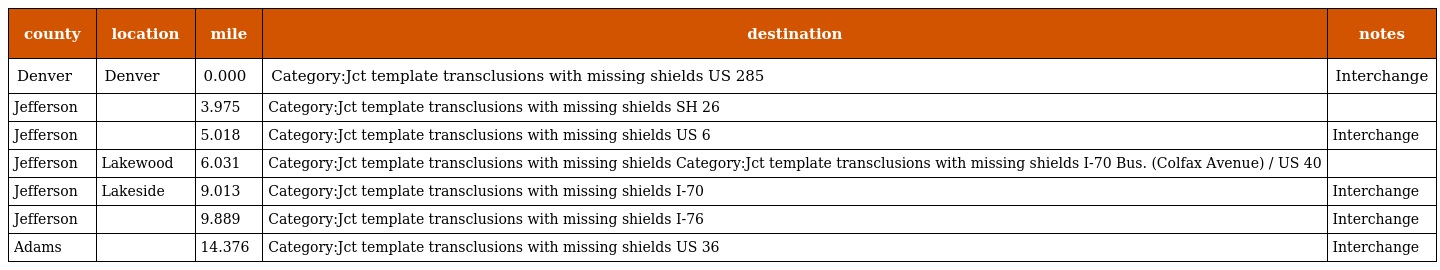
| county | location | mile | destination | notes |
 | --- | --- | --- | --- | --- |
 | Denver | Denver | 0.000 | Category:Jct template transclusions with missing shields US 285 | Interchange |
 | Jefferson |  | 3.975 | Category:Jct template transclusions with missing shields SH 26 |  |
 | Jefferson |  | 5.018 | Category:Jct template transclusions with missing shields US 6 | Interchange |
 | Jefferson | Lakewood | 6.031 | Category:Jct template transclusions with missing shields Category:Jct template transclusions with missing shields I-70 Bus. (Colfax Avenue) / US 40 |  |
 | Jefferson | Lakeside | 9.013 | Category:Jct template transclusions with missing shields I-70 | Interchange |
 | Jefferson |  | 9.889 | Category:Jct template transclusions with missing shields I-76 | Interchange |
 | Adams |  | 14.376 | Category:Jct template transclusions with missing shields US 36 | Interchange |